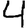
Digit: 4